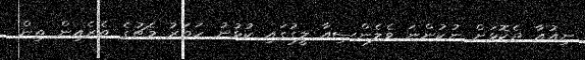
ނިއުއާ ދެކޮޅަށް ނުކުންނަ ވެލެންސިއާ ލީގުގައި ކުޅުނު ހަތަރު މެޗުގެ ތެރެއިން ތިން